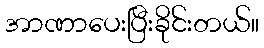
အာဏာပေးပြီးခိုင်းတယ်။